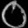
Digit: ၀